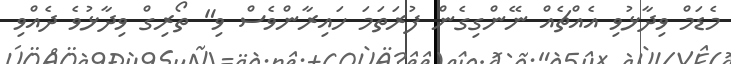
މެޑަމް ވިދާޅުވި އެއްޗެއް ނޭންގިގެން ފުރަތަމަ ހައިރާންވެސް ވި" ތޯރިގް ވިދާޅުވެ ދެއްވި